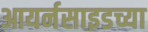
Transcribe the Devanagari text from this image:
आयर्नसाइडच्या